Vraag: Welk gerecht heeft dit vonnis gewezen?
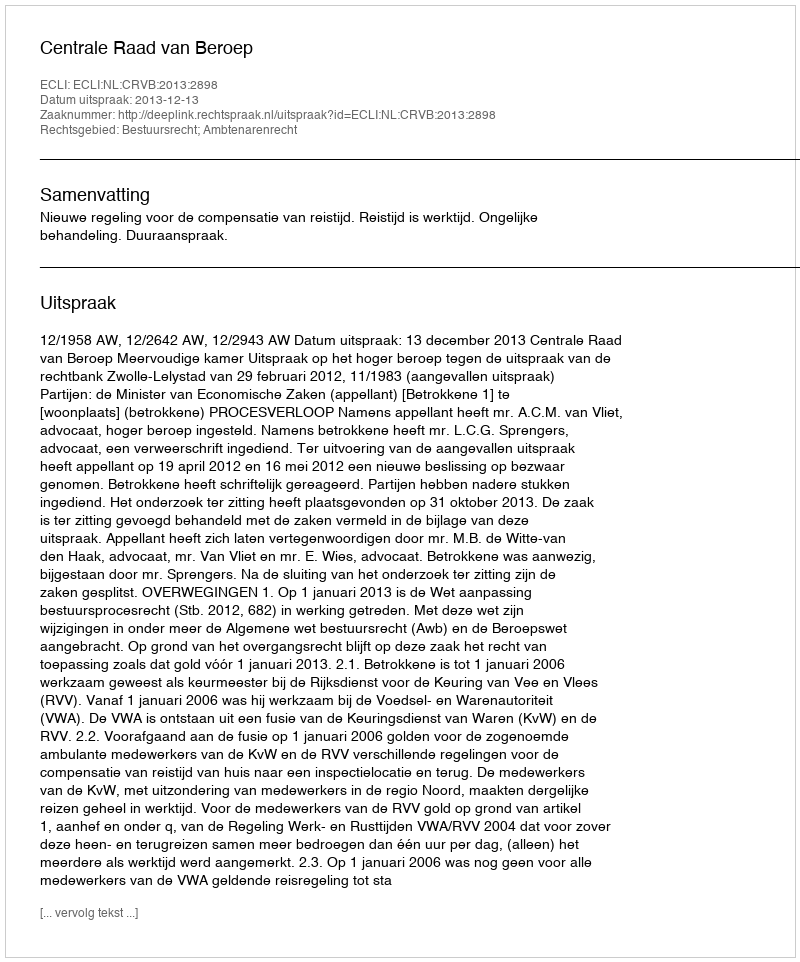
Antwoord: Centrale Raad van Beroep